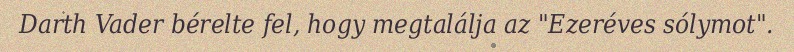
Darth Vader bérelte fel, hogy megtalálja az "Ezeréves sólymot".